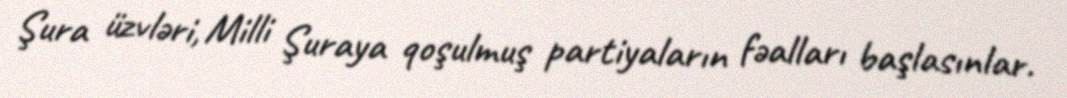
Şura üzvləri, Milli Şuraya qoşulmuş partiyaların fəalları başlasınlar.